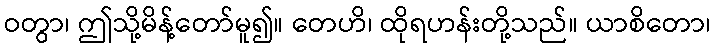
ဝတွာ၊ ဤသို့မိန့်တော်မူ၍။ တေဟိ၊ ထိုရဟန်းတို့သည်။ ယာစိတော၊